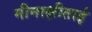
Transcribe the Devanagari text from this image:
मीनाक्षीताई